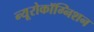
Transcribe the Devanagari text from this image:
न्यूरोकॉग्निशन